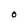
Character: O